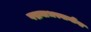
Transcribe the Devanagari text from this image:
पद्मनाभस्वामींना